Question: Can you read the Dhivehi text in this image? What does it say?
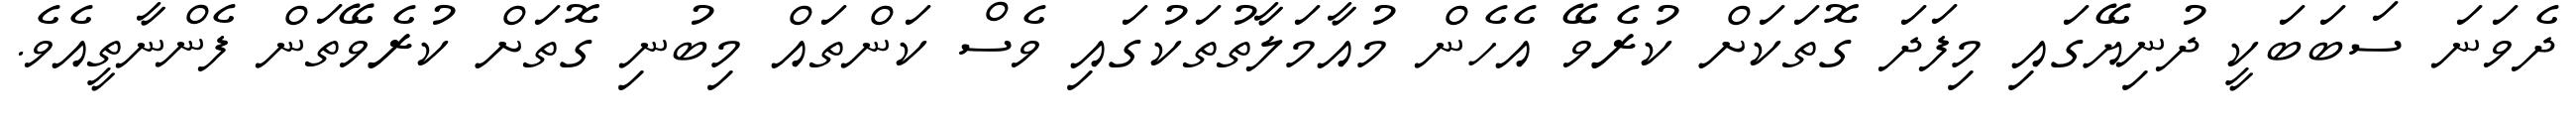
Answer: ދެވަނަ ސަބަބަކީ ދުނިޔޭގައި މިފަދަ ގޮތަކަށް ކުރެވޭ އެހެން މުއާމަލާތުތަކުގައި ވެސް ކަންތައް މިބުނި ގޮތަށް ކުރެވޭތަން ފެންނާތީއެވެ.